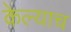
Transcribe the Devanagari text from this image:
केल्याच